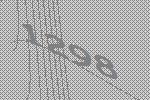
1298